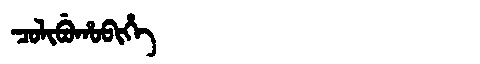
Manchu: ᠴᠣᠯᡳᠪᡠᡥᠣᠪᡳᡥᡝ
Romanization: COLIBUHOBIHE